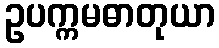
ဥပက္ကမဓာတုယာ